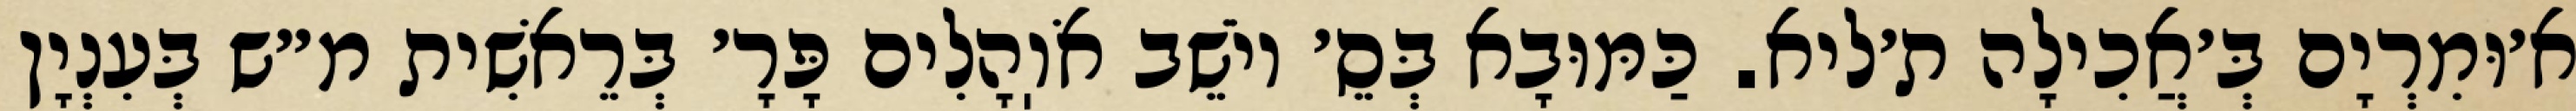
א׳וּמִרְיָם בְּ׳אֲכִילָה ת׳ליא. כַּמּוּבָא בְּסֵ׳ יוֹשֵׁב אֹוֽהָלִים פָּרָ׳ בְּרֵאשִׁית מ״ש בְּעִנְיָן